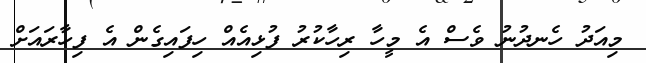
މިއަދު ހެނދުނު ވެސް އެ މީހާ ރިހާކުރު ފުޅިއެއް ހިފައިގެން އެ ފިހާރައަށް